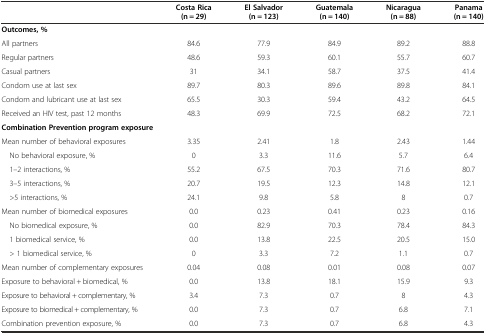
|  | Costa Rica (n = 29) | El Salvador (n = 123) | Guatemala (n = 140) | Nicaragua (n = 88) | Panama (n = 140) |
 | --- | --- | --- | --- | --- | --- |
 | <COLSPAN=6> Outcomes, % |
 | All partners | 84.6 | 77.9 | 84.9 | 89.2 | 88.8 |
 | Regular partners | 48.6 | 59.3 | 60.1 | 55.7 | 60.7 |
 | Casual partners | 31 | 34.1 | 58.7 | 37.5 | 41.4 |
 | Condom use at last sex | 89.7 | 80.3 | 89.6 | 89.8 | 84.1 |
 | Condom and lubricant use at last sex | 65.5 | 30.3 | 59.4 | 43.2 | 64.5 |
 | Received an HIV test, past 12 months | 48.3 | 69.9 | 72.5 | 68.2 | 72.1 |
 | <COLSPAN=6> Combination Prevention program exposure |
 | Mean number of behavioral exposures | 3.35 | 2.41 | 1.8 | 2.43 | 1.44 |
 | No behavioral exposure, % | 0 | 3.3 | 11.6 | 5.7 | 6.4 |
 | 1–2 interactions, % | 55.2 | 67.5 | 70.3 | 71.6 | 80.7 |
 | 3–5 interactions, % | 20.7 | 19.5 | 12.3 | 14.8 | 12.1 |
 | >5 interactions, % | 24.1 | 9.8 | 5.8 | 8 | 0.7 |
 | Mean number of biomedical exposures | 0.0 | 0.23 | 0.41 | 0.23 | 0.16 |
 | No biomedical exposure, % | 0.0 | 82.9 | 70.3 | 78.4 | 84.3 |
 | 1 biomedical service, % | 0.0 | 13.8 | 22.5 | 20.5 | 15.0 |
 | > 1 biomedical service, % | 0 | 3.3 | 7.2 | 1.1 | 0.7 |
 | Mean number of complementary exposures | 0.04 | 0.08 | 0.01 | 0.08 | 0.07 |
 | Exposure to behavioral + biomedical, % | 0.0 | 13.8 | 18.1 | 15.9 | 9.3 |
 | Exposure to behavioral + complementary, % | 3.4 | 7.3 | 0.7 | 8 | 4.3 |
 | Exposure to biomedical + complementary, % | 0.0 | 7.3 | 0.7 | 6.8 | 7.1 |
 | Combination prevention exposure, % | 0.0 | 7.3 | 0.7 | 6.8 | 4.3 |